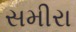
સમીરા